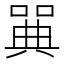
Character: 𠽝